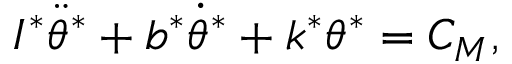
I ^ { * } \ddot { \theta } ^ { * } + b ^ { * } \dot { \theta } ^ { * } + k ^ { * } \theta ^ { * } = C _ { M } ,